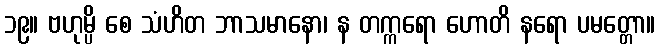
၁၉။ ဗဟုမ္ပိ စေ သံဟိတ ဘာသမာနော၊ န တက္ကရော ဟောတိ နရော ပမတ္တော။